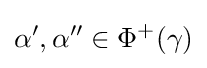
\alpha ',\alpha ''\in \Phi ^{+}(\gamma )